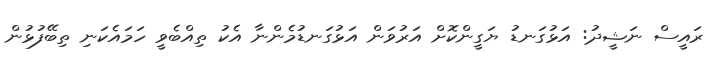
ރައީސް ނަޝީދު: އަޅުގަނޑު ޔަގީންކޮށް އަރުވަން އަޅުގަނޑުމެންނާ އެކު ތިއްބެވީ ހަމައެކަނި ތިބޭފުޅުން